Uue-Poltsamaa_vallakohus, lk 84
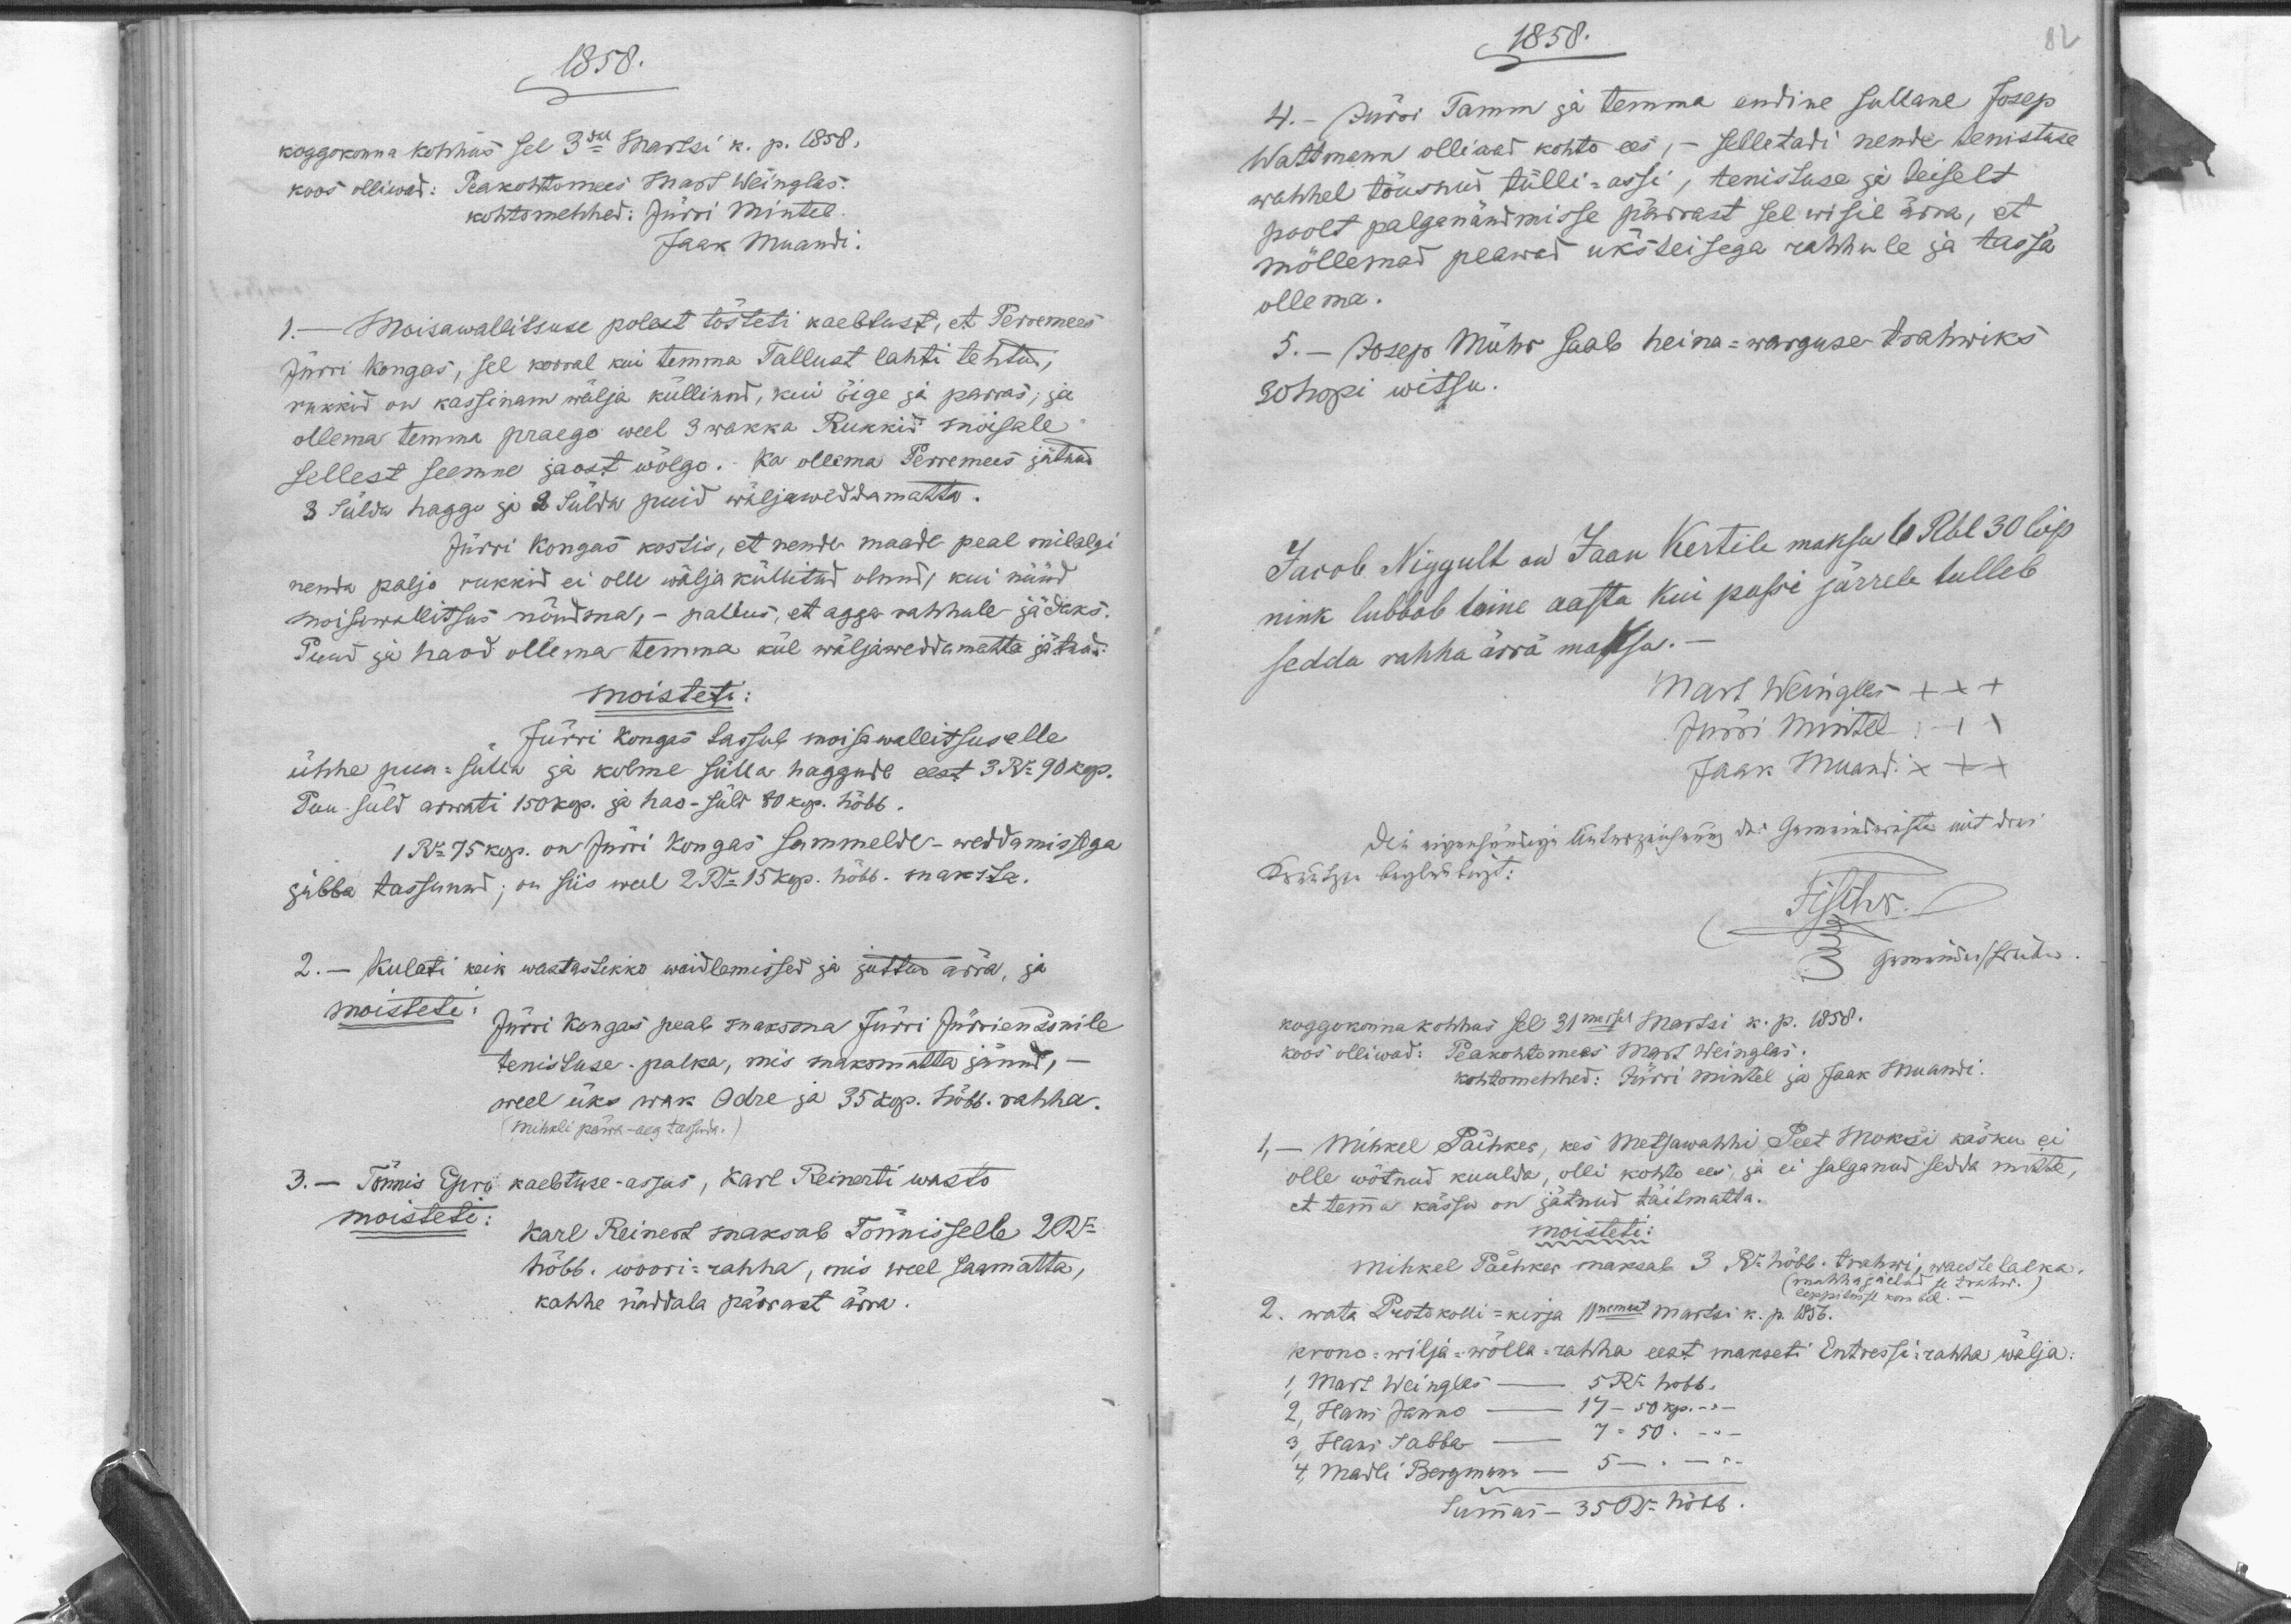
1858.
koggokonna kohhus sel 3dal Martsi k. p. 1858.
koos olliwad: Peakohtomees Mart Weinglas
kohtomehhed: Jürri Mintel.
Jaak Muandi.
1.- Moisawallitsuse polest tõsteti kaebtust, et Perremees
Jürri Kongas, sel korral kui temma Tallust lahti tehtud,
rukkid on kassinam wälja küllinud, kui õige ja parras 
ollema temma praego weel 3 wakka Rukkid moisale
sellest seemne jaost wõlgo. Ka ollema Perremees jätnud
3 Sülda haggo ja 2 Sülda puid wiljaweddamatta.
Jürri Kongas kostis, et nende maade peal milalgi
nenda paljo rukkid ei olle wälja küllitud olnud, kui nüüd
moisawallitsus nõudma, - pallus, et agga rahhule jädaks.
Puud ja haod ollema temma kül wäljaweddamatta jätnud.
moisteti:
Jürri Kongas tassub moisawallitsuselle
ühhe puu-sülla ja kolme sülla haggude eest 3 Ru 90 kop.
Puu süld arwati 150 kop. ja hao-süld 80 kop. hõbb.
1 Ru 75 kop. on Jürri Kongas Sammelde-weddamissega
jubba tassunud; on siis weel 2 Ru 15 kop. hõbb. maksda.
2. - Kulati keik wastastikko waidlemissed ja juttud ärra, ja
moisteti
Jürri Kongas peab maksma Jürri Jürriensonile
tenistuse-palka, mis maksmatta jänud, -
weel üks wak Odre ja 35 kop. hõbb. rahha.
(mihkli päwa aeg tassuda.)
kaebtuse asjas, Karl Reinerti wasto
3.- Tõnnis Epro
moisteti:
Karl Reinert maksab Tõnnisselle 2 Ru
hõbb. woori-rahha, mis weel saamatta,
kahhe näddala pärrast ärra.

1858
4. - Jürri Tamm ja temma endine Sullane Josep
Wattmann olliwad kohto ees, - selletati nende tenistuse
wahhel tõusnud tülli-assi, tenistude ja teiselt
poolt palganõudmisse pärrast sel wisil ärra, et
mõllemad peawad üksteisega rahhule ja tassa
ollema.
5. - Josep Mühr saab heina-warguse trahwiks
30 hopi witsu.
Jacob Niggult on Jaan Kertile maksa 6 Rbl 30 Cop
nink lubbab teine aasta kui passi järrele tulleb
sedda rahha ärra maksa.
Mart Weinglas XXX
Jürri Mintel XXX
Jaak Muandi XXX
koggokonna kohhus sel 31mesel Martsi k. p. 1858.
koos olliwad: Peakohtomees Mart Weinglas.
kohtomehhed: Jürri Mintel ja Jaak Muandi
Mihkel Pachker, kes metsawahhi Peet Moksi käsku ei
1, -
olle wõtnud kuulda, olli kohto ees, ja ei salganud sedda mitte,
et temma kässu on jätnud täitmatta.
moisteti:
Mihkel Pachker maksab 5 Ru hõbb. trahwi, waeste laeka.
(mahhajäetud se trahw.
leppitusse kombel.
wata Protokolli-kirja 11nemast martsi k. p. 1856.
krono-wilja-wõlla-rahha eest makseti Intressirahha wälja.
1
5 Ru hõbb.
Mart Weinglas
17 - 50 kop.
2, Hans Janno
7 - 50 .
3,
Hans Sabba
4. Madli Bergmann
Summa - 35 Ru hõbb.